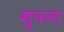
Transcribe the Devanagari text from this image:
सुपना